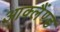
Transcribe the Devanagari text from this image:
आक्लैंण्ड